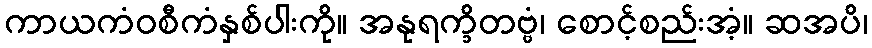
ကာယကံဝစီကံနှစ်ပါးကို။ အနုရက္ခိတဗ္ဗံ၊ စောင့်စည်းအံ့။ ဆအပိ၊